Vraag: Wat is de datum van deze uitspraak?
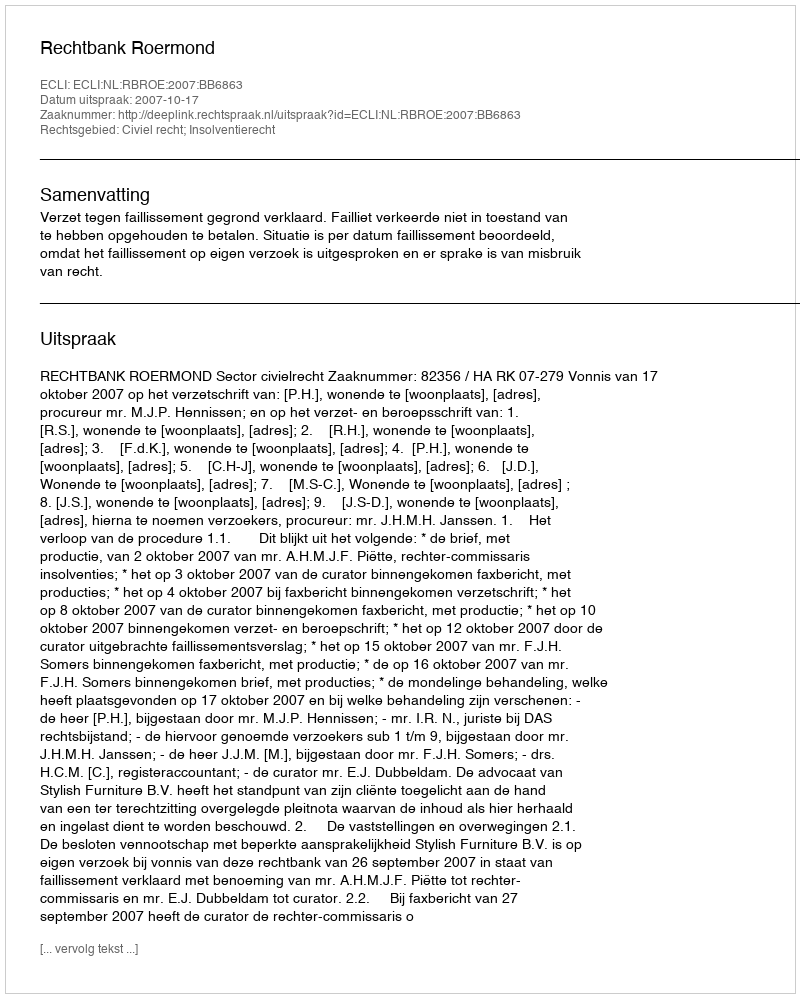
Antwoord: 2007-10-17